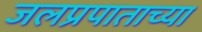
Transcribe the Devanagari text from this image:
जलप्रपाताच्या